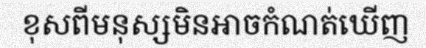
ខុសពីមនុស្សមិនអាចកំណត់ឃើញ